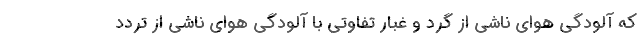
که آلودگی هوای ناشی از گرد و غبار تفاوتی با آلودگی هوای ناشی از تردد